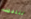
للنبيذ